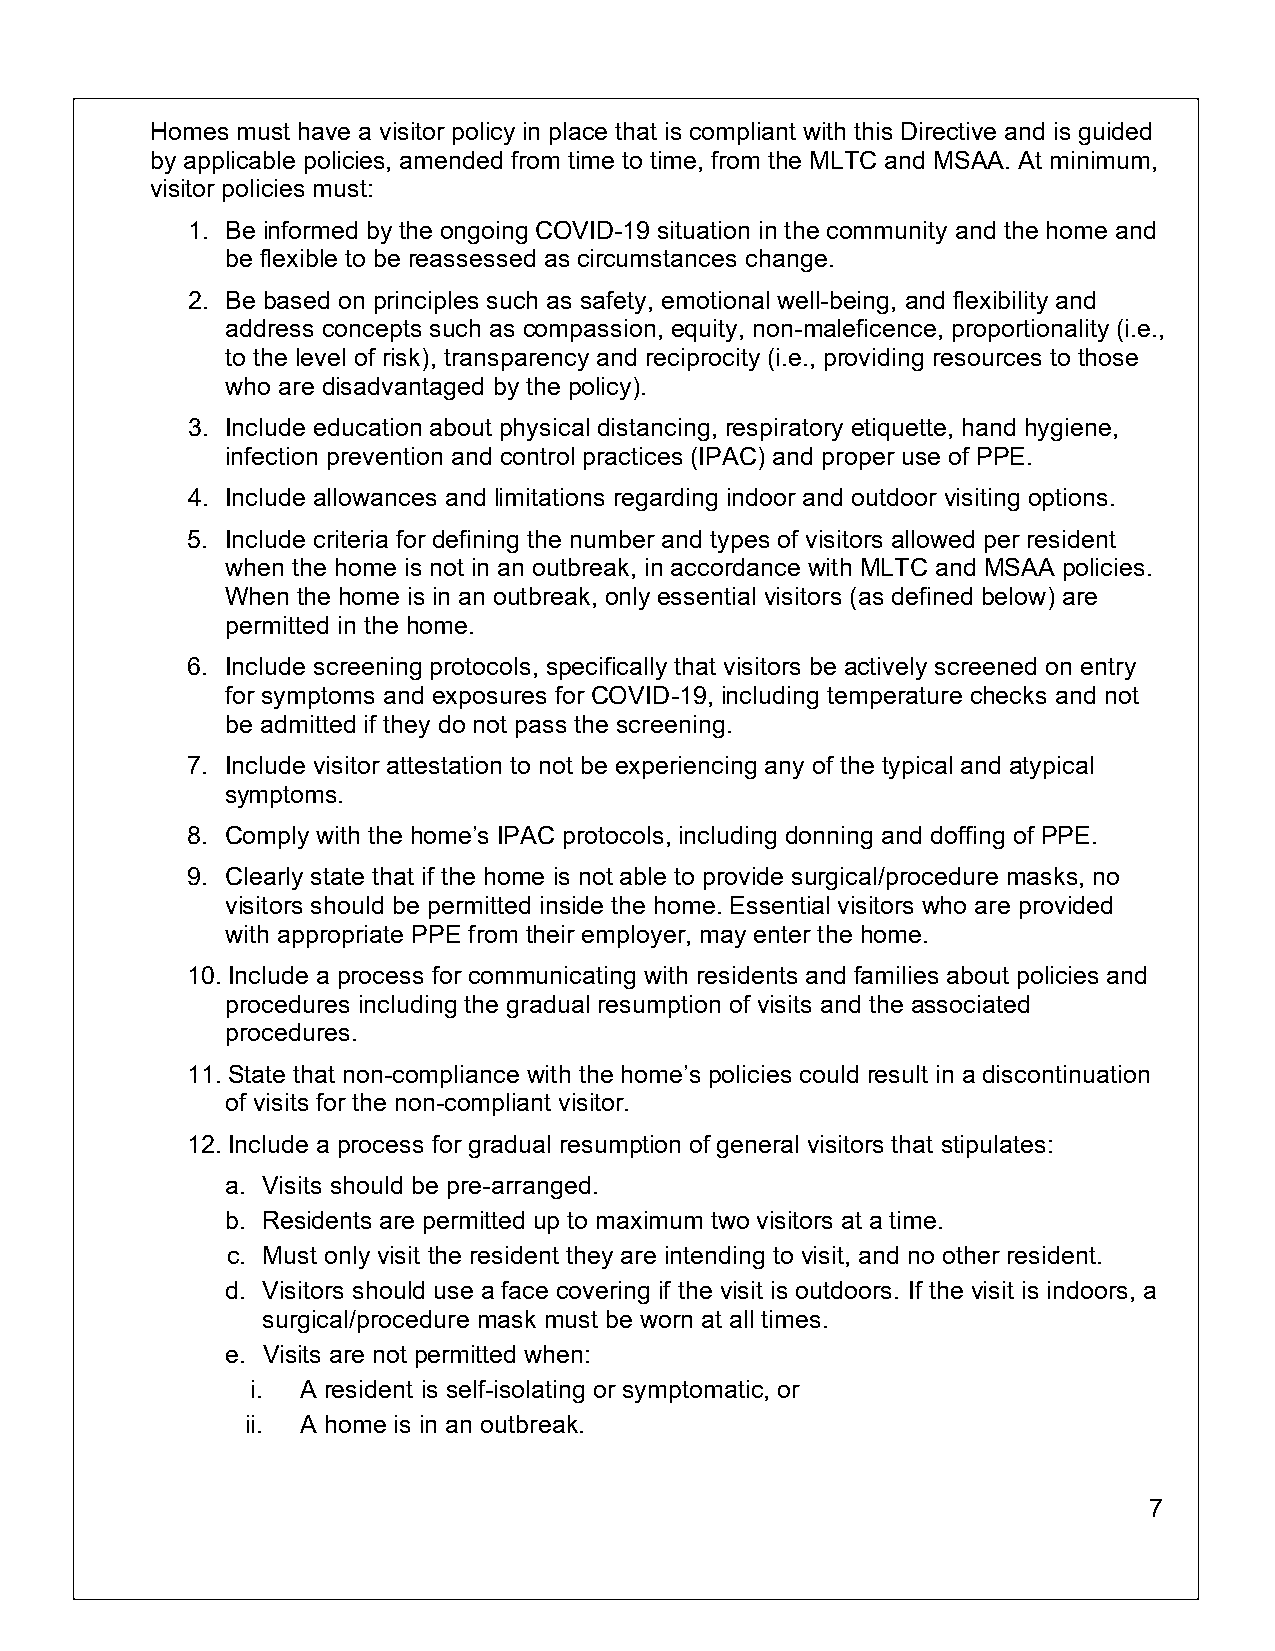
Homes must have a visitor policy in place that is compliant with this Directive and is guided
 by applicable policies, amended from time to time, from the MLTC and MSAA. At minimum,
 visitor policies must:
 1. Be informed by the ongoing COVID-19 situation in the community and the home and
 be flexible to be reassessed as circumstances change.
 2. Be based on principles such as safety, emotional well-being, and flexibility and
 address concepts such as compassion, equity, non-maleficence, proportionality (i.e.,
 to the level of risk), transparency and reciprocity (i.e., providing resources to those
 who are disadvantaged by the policy).
 3. Include education about physical distancing, respiratory etiquette, hand hygiene,
 infection prevention and control practices (IPAC) and proper use of PPE.
 4. Include allowances and limitations regarding indoor and outdoor visiting options.
 5. Include criteria for defining the number and types of visitors allowed per resident
 when the home is not in an outbreak, in accordance with MLTC and MSAA policies.
 When the home is in an outbreak, only essential visitors (as defined below) are
 permitted in the home.
 6. Include screening protocols, specifically that visitors be actively screened on entry
 for symptoms and exposures for COVID-19, including temperature checks and not
 be admitted if they do not pass the screening.
 7. Include visitor attestation to not be experiencing any of the typical and atypical
 symptoms.
 8. Comply with the home’s IPAC protocols, including donning and doffing of PPE.
 9. Clearly state that if the home is not able to provide surgical/procedure masks, no
 visitors should be permitted inside the home. Essential visitors who are provided
 with appropriate PPE from their employer, may enter the home.
 10. Include a process for communicating with residents and families about policies and
 procedures including the gradual resumption of visits and the associated
 procedures.
 11. State that non-compliance with the home’s policies could result in a discontinuation
 of visits for the non-compliant visitor.
 12. Include a process for gradual resumption of general visitors that stipulates:
 a. Visits should be pre-arranged.
 b. Residents are permitted up to maximum two visitors at a time.
 c. Must only visit the resident they are intending to visit, and no other resident.
 d. Visitors should use a face covering if the visit is outdoors. If the visit is indoors, a
 surgical/procedure mask must be worn at all times.
 e. Visits are not permitted when:
 i. A resident is self-isolating or symptomatic, or
 ii. A home is in an outbreak.
 7